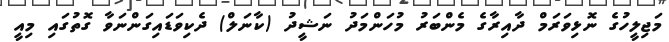
މަޖިލީހުގެ ނޮޅިވަރަމް ދާއިރާގެ މެންބަރު މުހަންމަދު ނަޝީދު (ކާނަލް) ދެކިވަޑައިގަންނަވާ ގޮތުގައި މިއީ